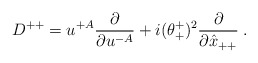
\begin{align*}D^{++} = u^{+A}{\partial\over\partial u^{-A}} + i(\theta^+_+)^2{\partial\over\partial\hat x_{++}}\; .\end{align*}